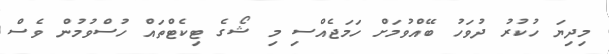
މިދިޔަ ހުކުރު ދުވަހު ބޭއްވުމަށް ހަމަޖެއްސި މި ޝޯގެ ޓިކެޓްތައް ހުސްވުމުން ވެސް